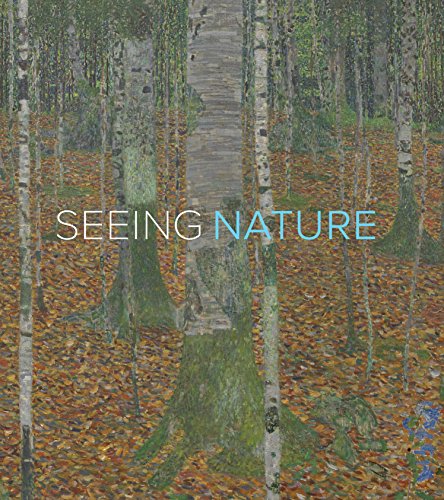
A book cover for Seeing Nature: Landscape Masterworks from the Paul G. Allen Family Collection; Brian Ferriso; Arts & Photography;